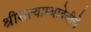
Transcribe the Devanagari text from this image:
श्रीसत्याम्बादेवीचे